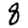
Digit: 8